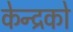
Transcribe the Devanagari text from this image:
केन्द्रको